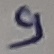
Text: 9